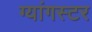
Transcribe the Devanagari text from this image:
ग्यांगस्टर